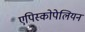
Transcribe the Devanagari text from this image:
एपिस्कोपेलियन